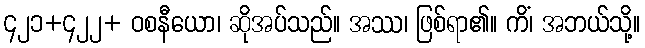
၄၂၁+၄၂၂+ ဝစနီယော၊ ဆိုအပ်သည်။ အဿ၊ ဖြစ်ရာ၏။ ကိံ၊ အဘယ်သို့။